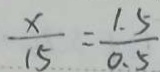
\frac { x } { 1 5 } = \frac { 1 . 5 } { 0 . 5 }